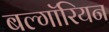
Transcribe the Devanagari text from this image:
बल्गॉरियन